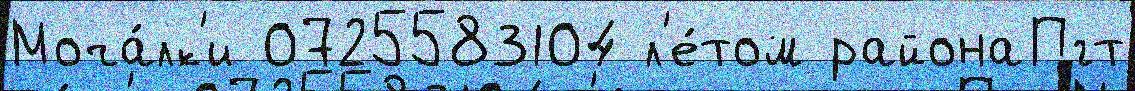
Моча́лк'и 0725583104 л'е́том районаПгт